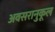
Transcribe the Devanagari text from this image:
अवसरानुकूल